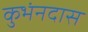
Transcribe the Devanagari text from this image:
कुभंनदास